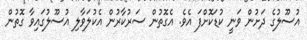
އުސޫލުގެ ދަށުން ވަނީ ކުޑަކޮށްފަ އެވެ. އެގޮތުން ސަރުކާރުން އެކުލަވާލި އުސޫލުގައިވާ ގޮތުން